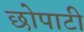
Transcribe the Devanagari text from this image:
छोपाटी